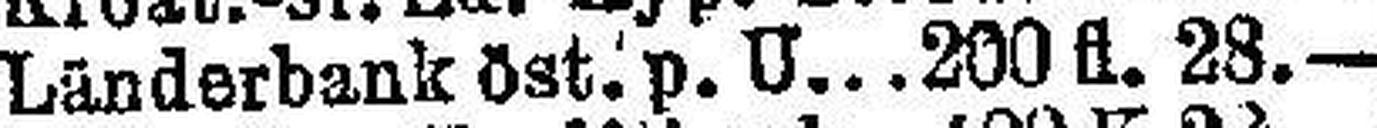
Länderbank öst p. U. 200 fl. 28.—